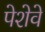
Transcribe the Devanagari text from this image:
पेशेवे